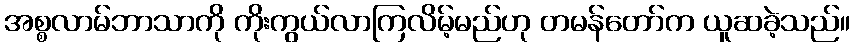
အစ္စလာမ်ဘာသာကို ကိုးကွယ်လာကြလိမ့်မည်ဟု တမန်တော်က ယူဆခဲ့သည်။